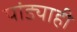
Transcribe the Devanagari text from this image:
पांड्याही